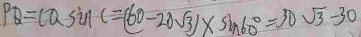
P Q = C Q \sin C = ( 6 0 - 2 0 \sqrt { 3 } ) \times \sin 6 0 ^ { \circ } = 3 0 \sqrt { 3 } - 3 0